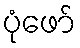
ပုံဖော်